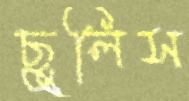
ছুলিস